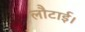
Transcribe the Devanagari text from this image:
लौटाई।